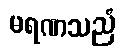
မရဏသညံ